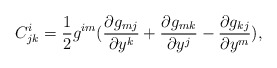
\begin{align*}C^i_{jk}=\frac{1}{2}g^{im}(\frac{\partial g_{mj}}{\partial y^k}+\frac{\partial g_{mk}}{\partial y^j}-\frac{\partial g_{kj}}{\partial y^m}),\end{align*}